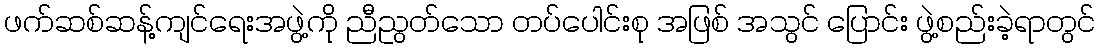
ဖက်ဆစ်ဆန့်ကျင်ရေးအဖွဲ့ကို ညီညွတ်သော တပ်ပေါင်းစု အဖြစ် အသွင် ပြောင်း ဖွဲ့စည်းခဲ့ရာတွင်